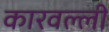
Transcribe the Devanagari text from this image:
कारवल्ली